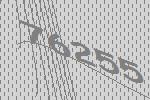
76255